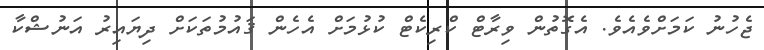
ޖެހުނު ކަމަށްވެއެވެ. އެގޮތުން ވިރާޓް ކްރިކެޓް ކުޅުމަށް އެހެން ޤައުމުތަކަށް ދިޔައިރު އަނުޝްކާ